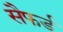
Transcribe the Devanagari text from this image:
सैफर्ड